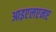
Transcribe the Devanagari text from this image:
आइएलएनए